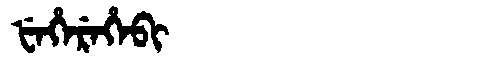
Manchu: ᡶᡝᡥᡝᡵᡝᡥᡝᠪᡳ
Romanization: FEHEREHEBI